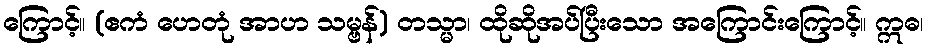
ကြောင့်။ (ဧကံ ဟေတုံ အာဟ သမ္ဗန်) တသ္မာ၊ ထိုဆိုအပ်ပြီးသော အကြောင်းကြောင့်။ ဣဓ၊